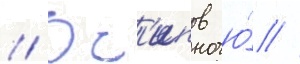
// Ос'ипов ю́ //